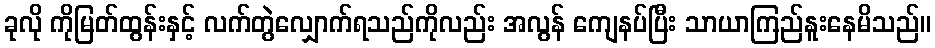
ခုလို ကိုမြတ်ထွန်းနှင့် လက်တွဲလျှောက်ရသည်ကိုလည်း အလွန် ကျေနပ်ပြီး သာယာကြည်နူးနေမိသည်။